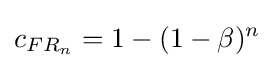
c_{FR_{n}}=1-(1-\beta )^{n}